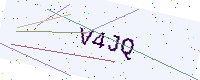
Text: V4JQ